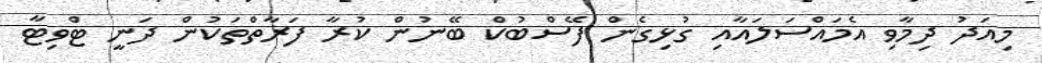
މިއަދު ދިމާވި އެމައްސަލައާއި ގުޅިގެން ފޭސްބުކް ބޭނުން ކުރާ ފަރާތްތަކުން ދަނީ ޓްވިޓާ